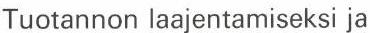
Tuotannon laajentamiseksi ja